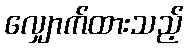
လျှောက်ထားသည့်